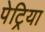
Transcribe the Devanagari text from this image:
पेट्रिया